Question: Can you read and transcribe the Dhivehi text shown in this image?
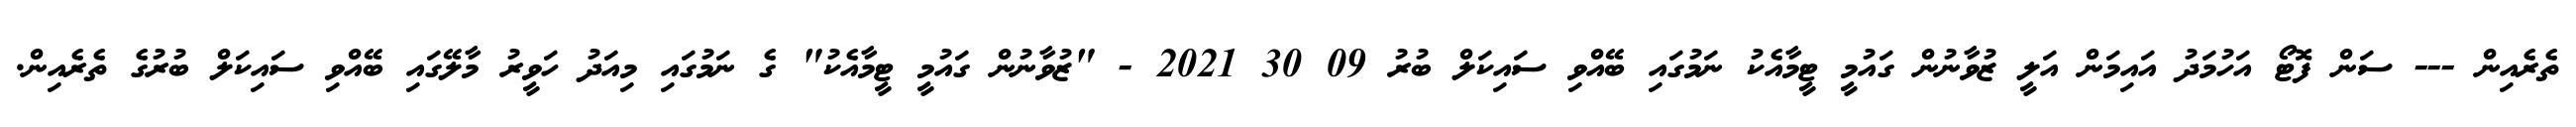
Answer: ތެރެއިން --- ސަން ފޮޓޯ އަހުމަދު އައިމަން އަލީ ޒުވާނުން ގައުމީ ޓީމާއެކު ނަމުގައި ބޭއްވި ސައިކަލް ބުރު 09 30 2021 - "ޒުވާނުން ގައުމީ ޓީމާއެކު" ގެ ނަމުގައި މިއަދު ހަވީރު މާލޭގައި ބޭއްވި ސައިކަލް ބުރުގެ ތެރެއިން.